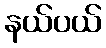
နယ်ပယ်